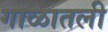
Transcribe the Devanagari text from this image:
गाळातली